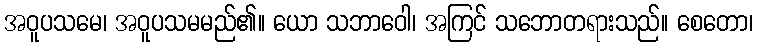
အဝူပသမေ၊ အဝူပသမမည်၏။ ယော သဘာဝေါ၊ အကြင် သဘောတရားသည်။ စေတော၊